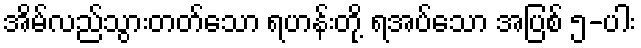
အိမ်လည်သွားတတ်သော ရဟန်းတို့ ရအပ်သော အပြစ် ၅-ပါး